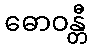
ဓောဝန္တီ